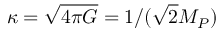
\kappa = \sqrt { 4 \pi G } = 1 / ( \sqrt { 2 } M _ { P } )